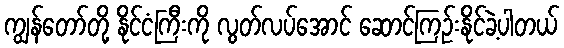
ကျွန်တော်တို့ နိုင်ငံကြီးကို လွတ်လပ်အောင် ဆောင်ကြဉ်းနိုင်ခဲ့ပါတယ်